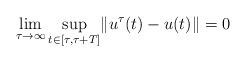
LaTeX: \begin{align*} \lim_{\tau \rightarrow \infty} \sup_{t \in [\tau, \tau+T]} \lVert u^{\tau}(t)-u(t) \rVert = 0 \end{align*}